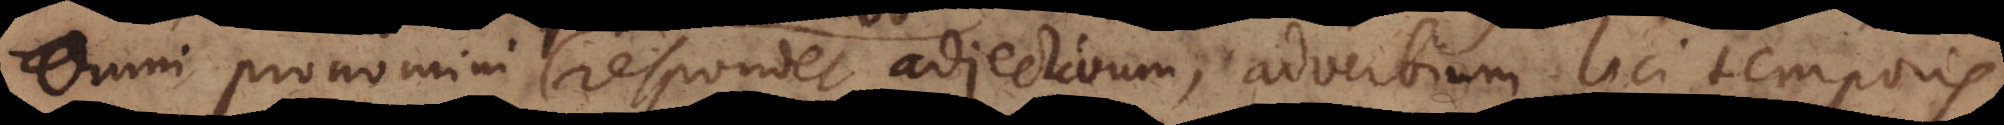
Omni pronomini respondet adjectivum, adverbium loci, temporis,